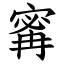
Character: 寗